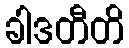
ခါဒတီတိ